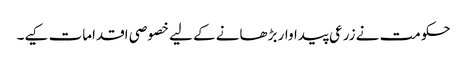
حکومت نے زرعی پیداوار بڑھانے کے لیے خصوصی اقدامات کیے۔